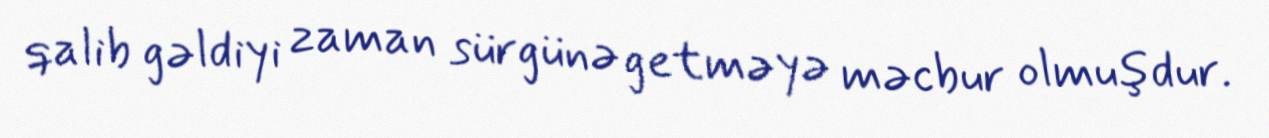
qalib gəldiyi zaman sürgünə getməyə məcbur olmuşdur.